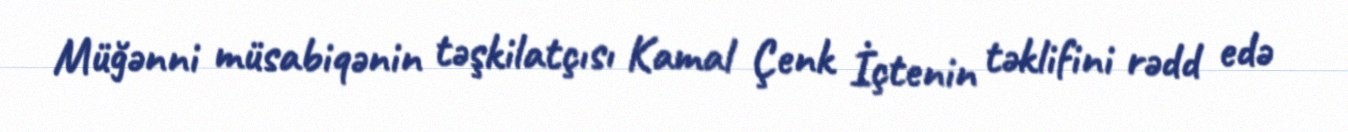
Müğənni müsabiqənin təşkilatçısı Kamal Çenk İçtenin təklifini rədd edə